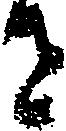
せ